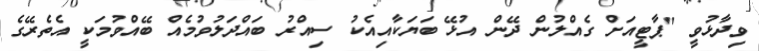
ވިދާޅުވީ "ޕާޓީއަށް ގެއްލުން ދޭން އުޅޭ ބަޔަކާއިއެކު ސިއްރު ބައްދަލުވުމެއް ބޭއްވުމަކީ އެތެރޭގެ